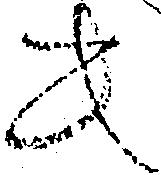
共